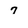
Character: 7